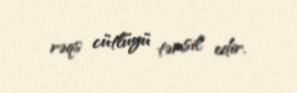
rəqs cütlüyü təmsil edir.